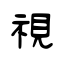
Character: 視